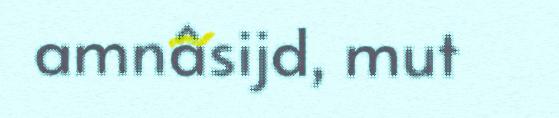
amnâsijd, mut